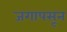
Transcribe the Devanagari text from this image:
जगापसून